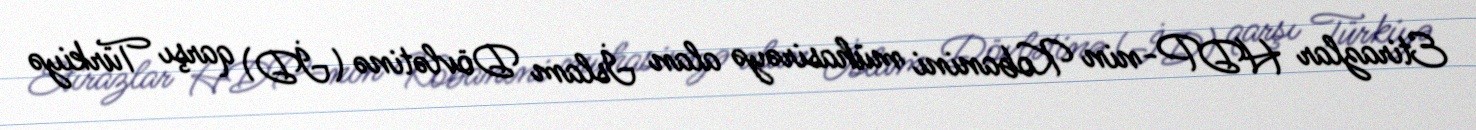
Etirazlar HDP-nin Kobanini mühasirəyə alan İslam Dövlətinə (İD) qarşı Türkiyə